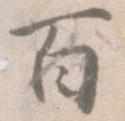
百